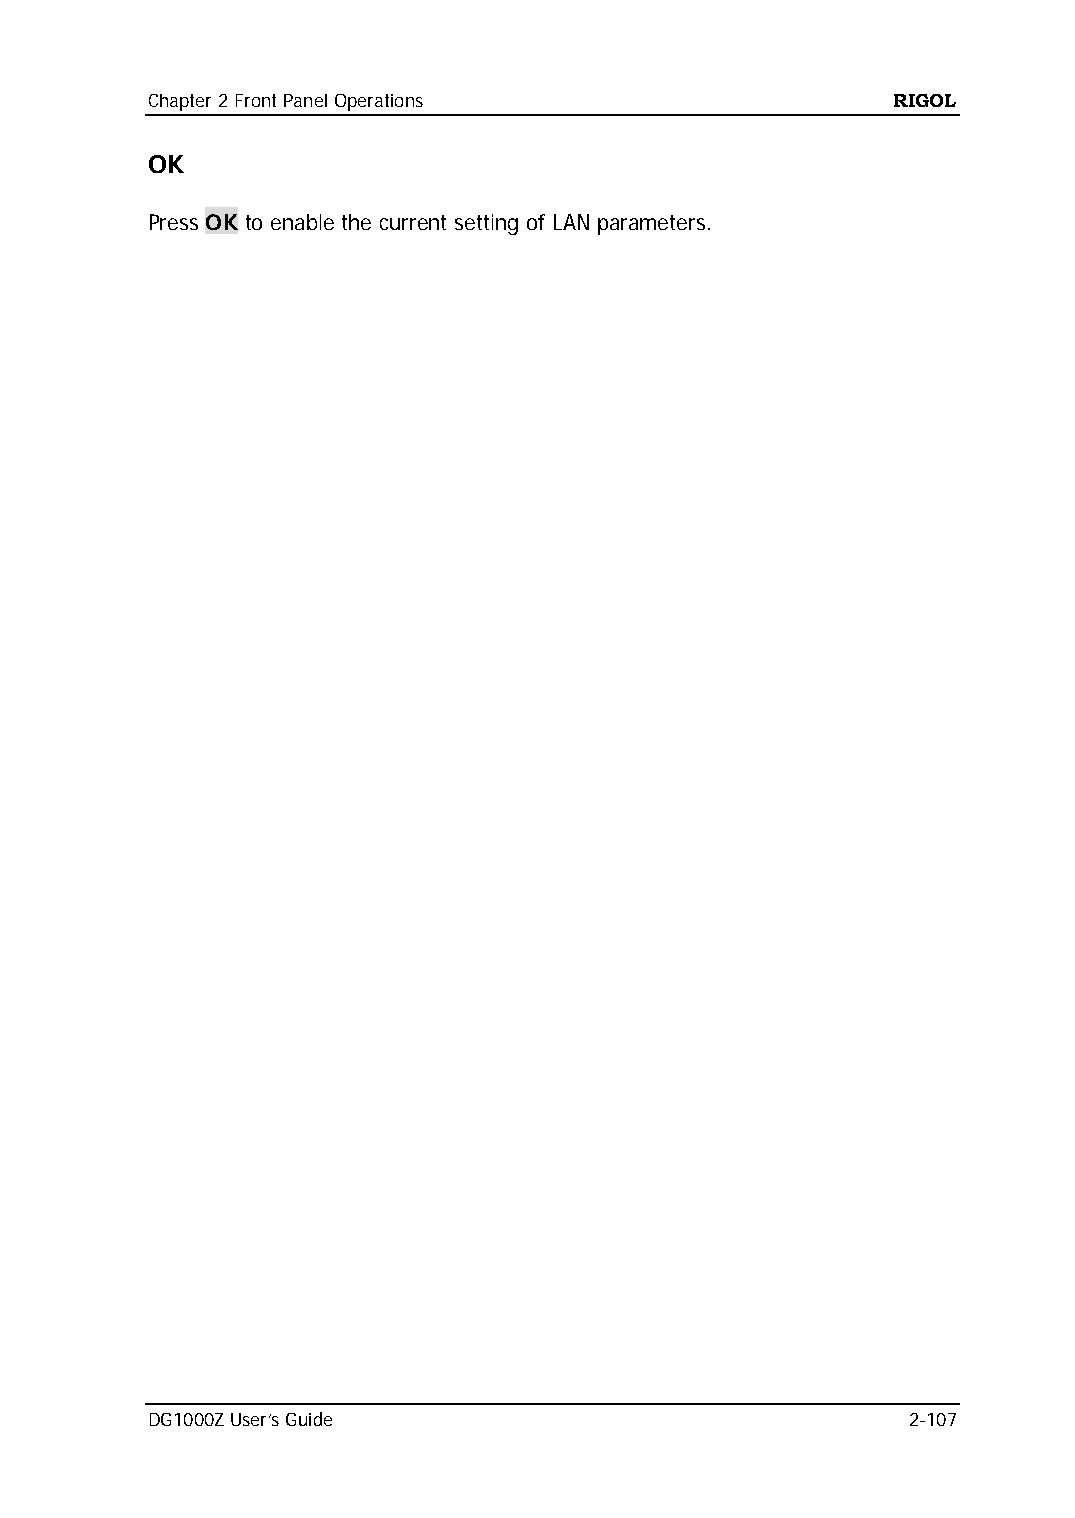
Chapter 2 Front Panel Operations                 RIGOL
 OK
 Press OK to enable the current setting of LAN parameters.
 DG1000Z User’s Guide                              2-107